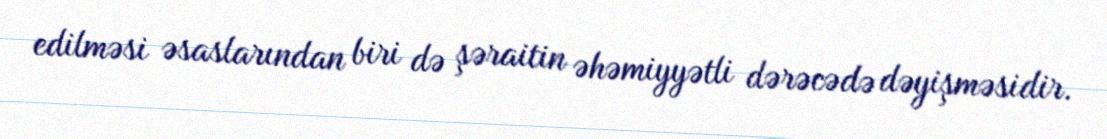
edilməsi əsaslarından biri də şəraitin əhəmiyyətli dərəcədə dəyişməsidir.